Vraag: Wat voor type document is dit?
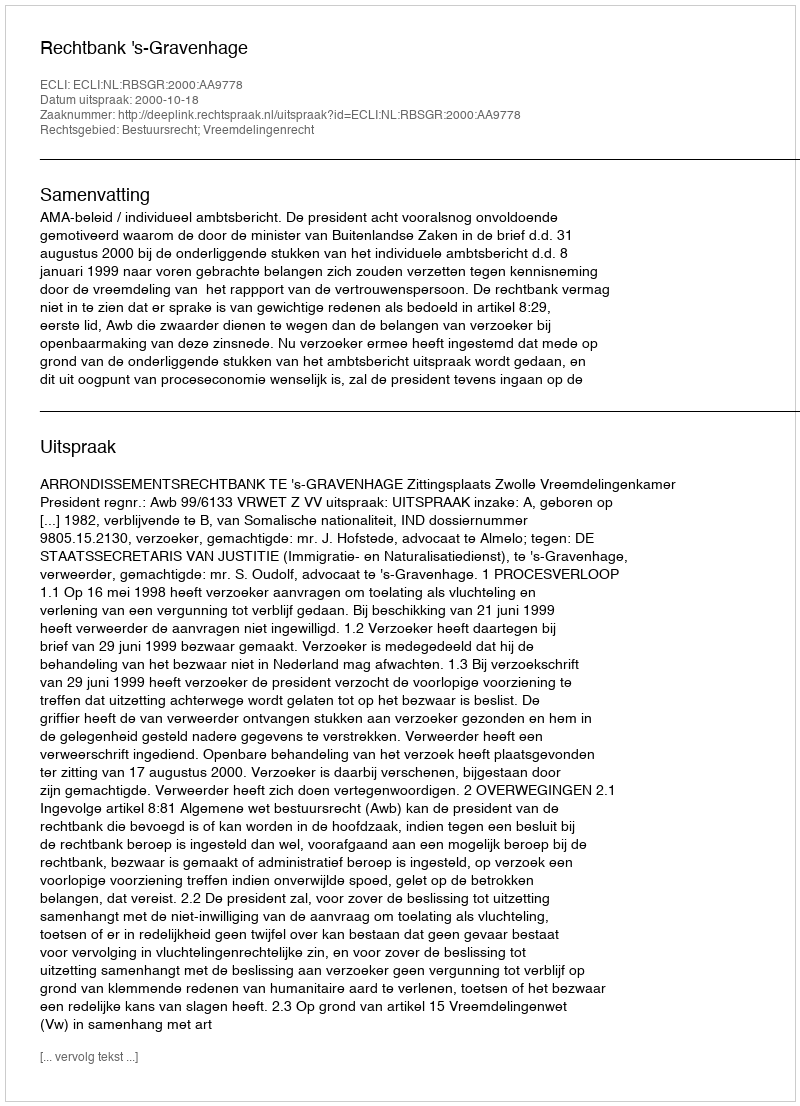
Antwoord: Uitspraak